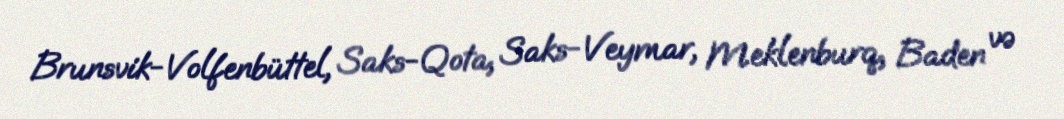
Brunsvik-Volfenbüttel, Saks-Qota, Saks-Veymar, Meklenburq, Baden və